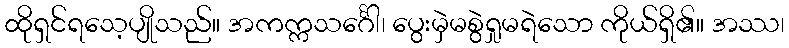
ထိုရှင်ရသေ့ပျိုသည်။ အကက္ကသင်္ဂေါ၊ ပွေးမှဲမစွဲရှုမရဲသော ကိုယ်ရှိ၏။ အဿ၊